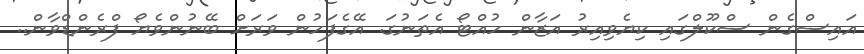
އައިސްގެން ސްކޫލްގައި ކިޔެވިއިރު އަޒާން ހުއްޓޯ އެތަނުގަ. އޭގެފަހުން ވަރަށް ބޭނުންވެޔޯ ފްރެންޑްވާން..